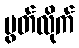
ပွတ်လိုက်